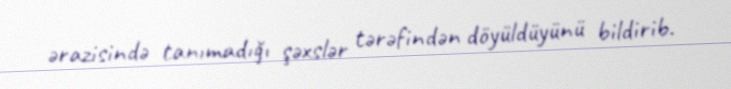
ərazisində tanımadığı şəxslər tərəfindən döyüldüyünü bildirib.